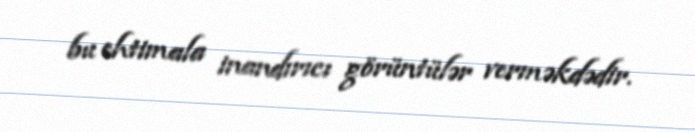
bu ehtimala inandırıcı görüntülər verməkdədir.